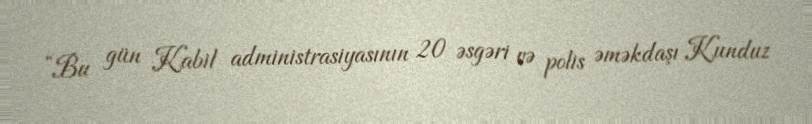
“Bu gün Kabil administrasiyasının 20 əsgəri və polis əməkdaşı Kunduz